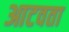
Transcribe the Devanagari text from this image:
आटवता